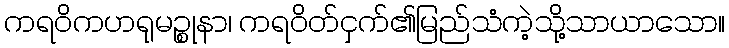
ကရဝိကဟရုမဉ္စုနာ၊ ကရဝိတ်ငှက်၏မြည်သံကဲ့သို့သာယာသော။